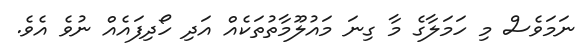
ނަމަވެސް މި ހަމަލާގެ މާ ގިނަ މައުލޫމާތުތަކެއް އަދި ހޯދިފައެއް ނުވެ އެވެ.